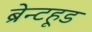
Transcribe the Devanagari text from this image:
ब्रेन्टहूड